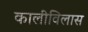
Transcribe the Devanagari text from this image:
कालीविलास